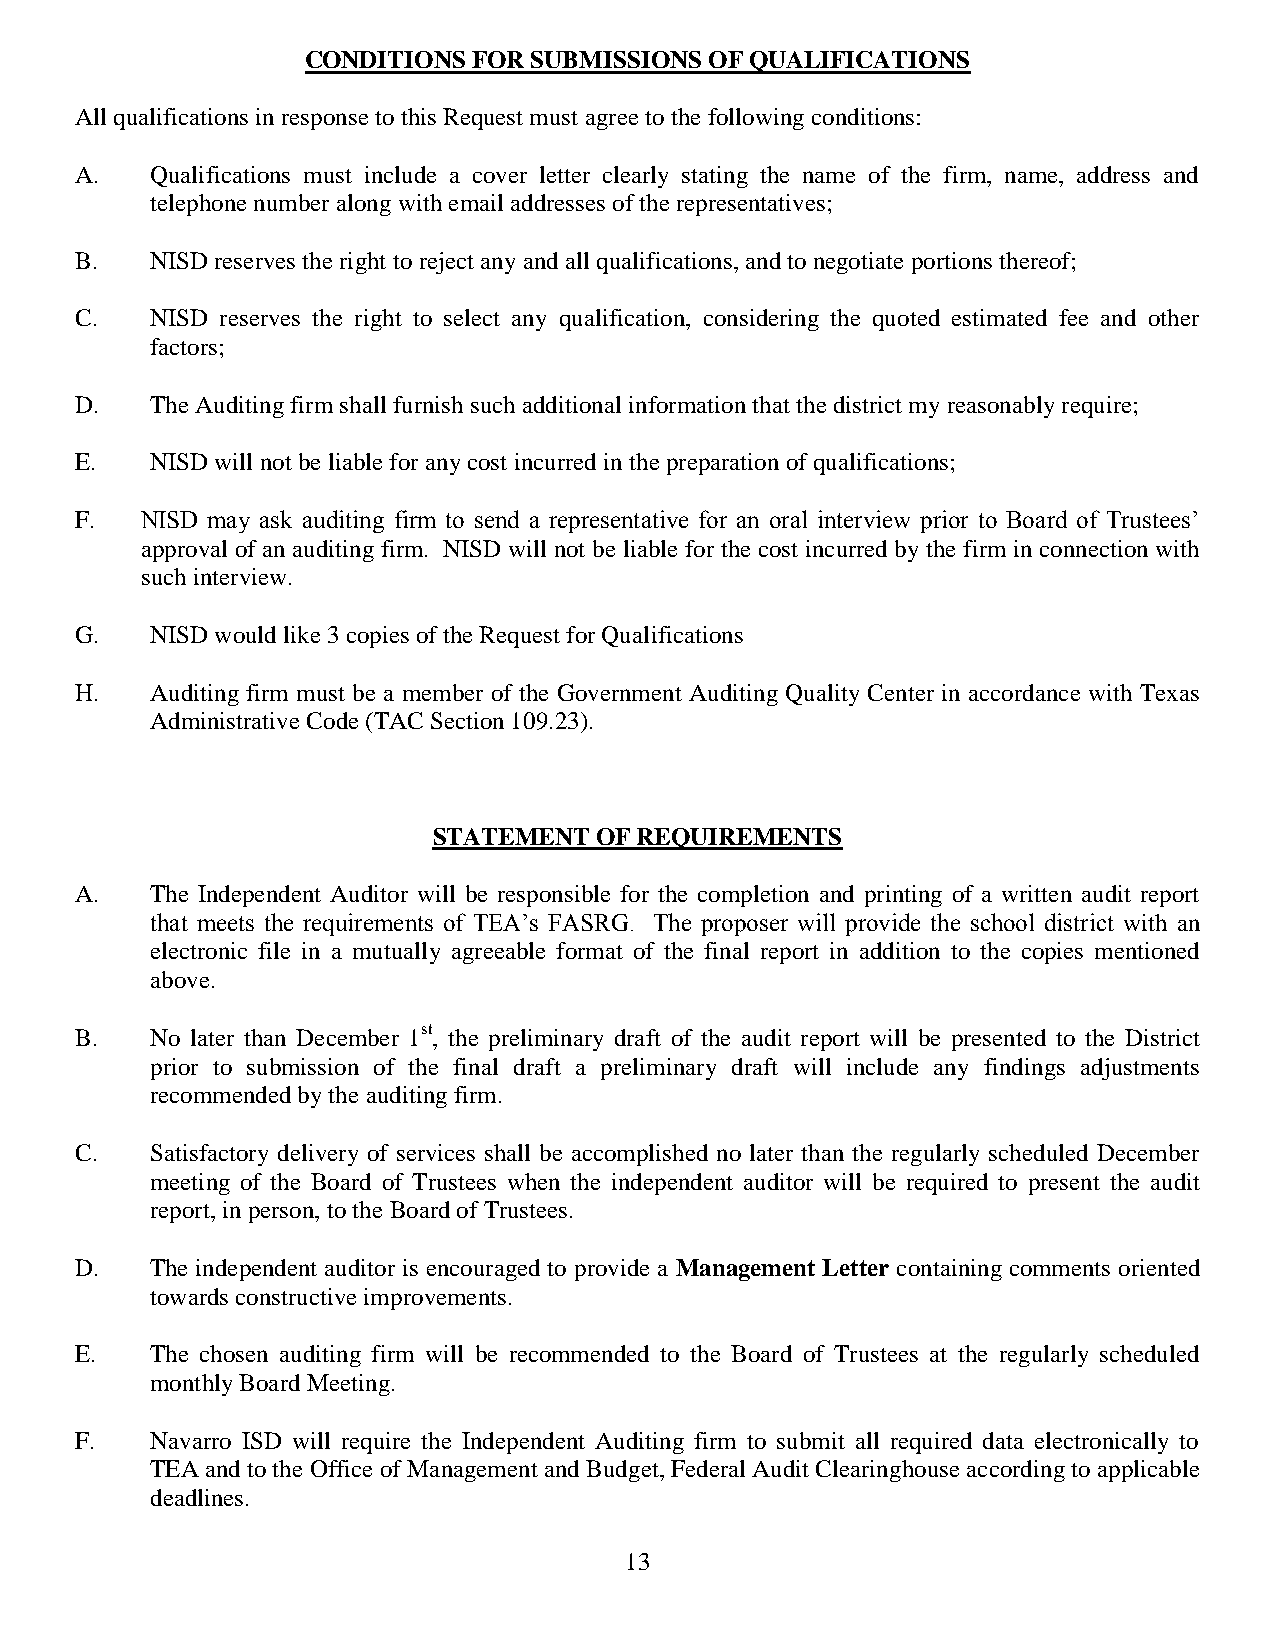
CONDITIONS FOR SUBMISSIONS OF QUALIFICATIONS
 All qualifications in response to this Request must agree to the following conditions:
 A.   Qualifications must include a cover letter clearly stating the name of the firm, name, address and
 telephone number along with email addresses of the representatives;
 B.   NISD reserves the right to reject any and all qualifications, and to negotiate portions thereof;
 C.   NISD reserves the right to select any qualification, considering the quoted estimated fee and other
 factors;
 D.   The Auditing firm shall furnish such additional information that the district my reasonably require;
 E.   NISD will not be liable for any cost incurred in the preparation of qualifications;
 F.  NISD may ask auditing firm to send a representative for an oral interview prior to Board of Trustees’
 approval of an auditing firm. NISD will not be liable for the cost incurred by the firm in connection with
 such interview.
 G.   NISD would like 3 copies of the Request for Qualifications
 H.   Auditing firm must be a member of the Government Auditing Quality Center in accordance with Texas
 Administrative Code (TAC Section 109.23).
 STATEMENT OF REQUIREMENTS
 A.   The Independent Auditor will be responsible for the completion and printing of a written audit report
 that meets the requirements of TEA’s FASRG. The proposer will provide the school district with an
 electronic file in a mutually agreeable format of the final report in addition to the copies mentioned
 above.
 B.   No later than December 1st, the preliminary draft of the audit report will be presented to the District
 prior to submission of the final draft a preliminary draft will include any findings adjustments
 recommended by the auditing firm.
 C.   Satisfactory delivery of services shall be accomplished no later than the regularly scheduled December
 meeting of the Board of Trustees when the independent auditor will be required to present the audit
 report, in person, to the Board of Trustees.
 D.   The independent auditor is encouraged to provide a Management Letter containing comments oriented
 towards constructive improvements.
 E.   The chosen auditing firm will be recommended to the Board of Trustees at the regularly scheduled
 monthly Board Meeting.
 F.   Navarro ISD will require the Independent Auditing firm to submit all required data electronically to
 TEA and to the Office of Management and Budget, Federal Audit Clearinghouse according to applicable
 deadlines.
 13